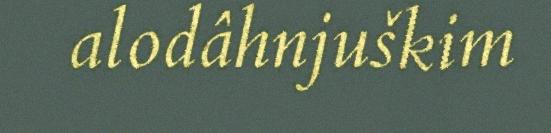
alodâhnjuškim